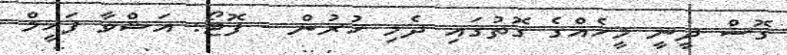
ގޮސް ދީނީ މީހެއްގެ ގޮތުގައި ދެމި ހުރުން - ފޮޓޯ: އަޝްވާ ފަހީމް